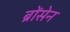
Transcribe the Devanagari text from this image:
ब्रोंसेन